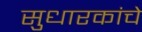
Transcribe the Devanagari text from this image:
सुधारकांचे